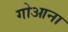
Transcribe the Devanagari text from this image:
गोआना